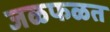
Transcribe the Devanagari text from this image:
जळफळत